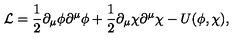
{ \cal L } = \frac { 1 } { 2 } \partial _ { \mu } \phi \partial ^ { \mu } \phi + \frac { 1 } { 2 } \partial _ { \mu } \chi \partial ^ { \mu } \chi - U ( \phi , \chi ) ,